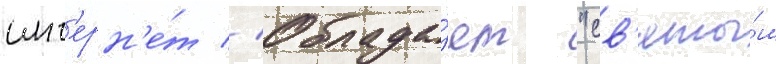
инт'ерн'е́т // Облада́ет "св'яты́м